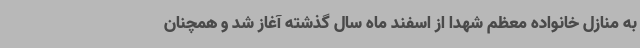
به منازل خانواده معظم شهدا از اسفند ماه سال گذشته آغاز شد و همچنان